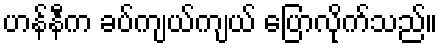
ဟန်နီက ခပ်ကျယ်ကျယ် ပြောလိုက်သည်။